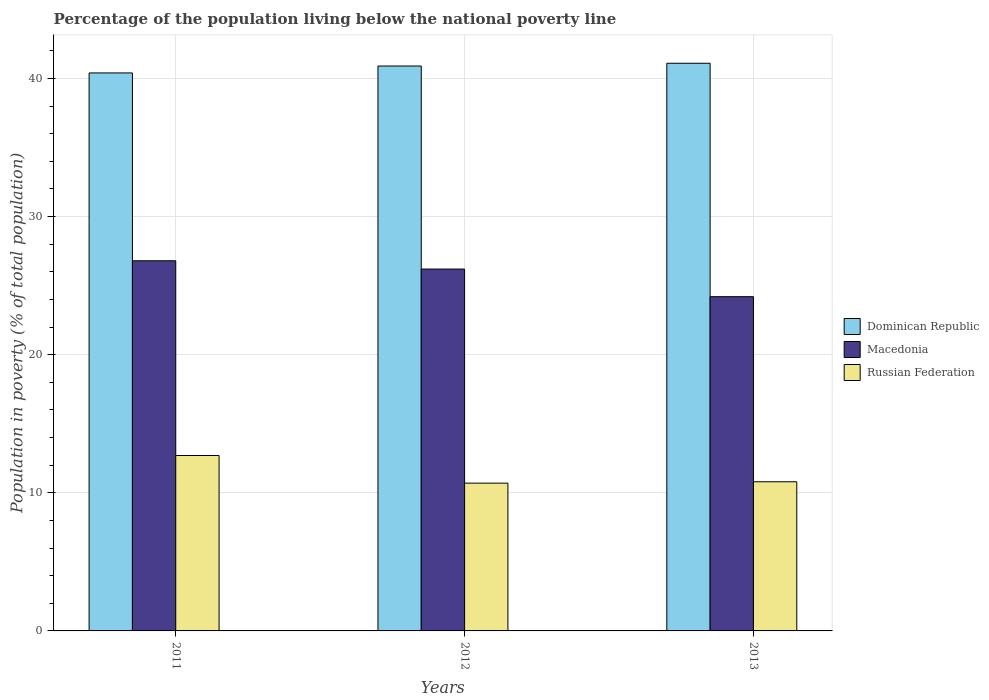
| Years | Dominican Republic | Macedonia | Russian Federation |
 | --- | --- | --- | --- |
 | 2011 | 40.4 | 26.8 | 12.7 |
 | 2012 | 40.9 | 26.2 | 10.7 |
 | 2013 | 41.1 | 24.2 | 10.8 |